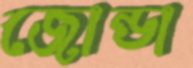
জোন্ডা